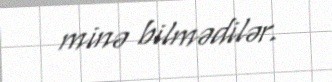
minə bilmədilər.